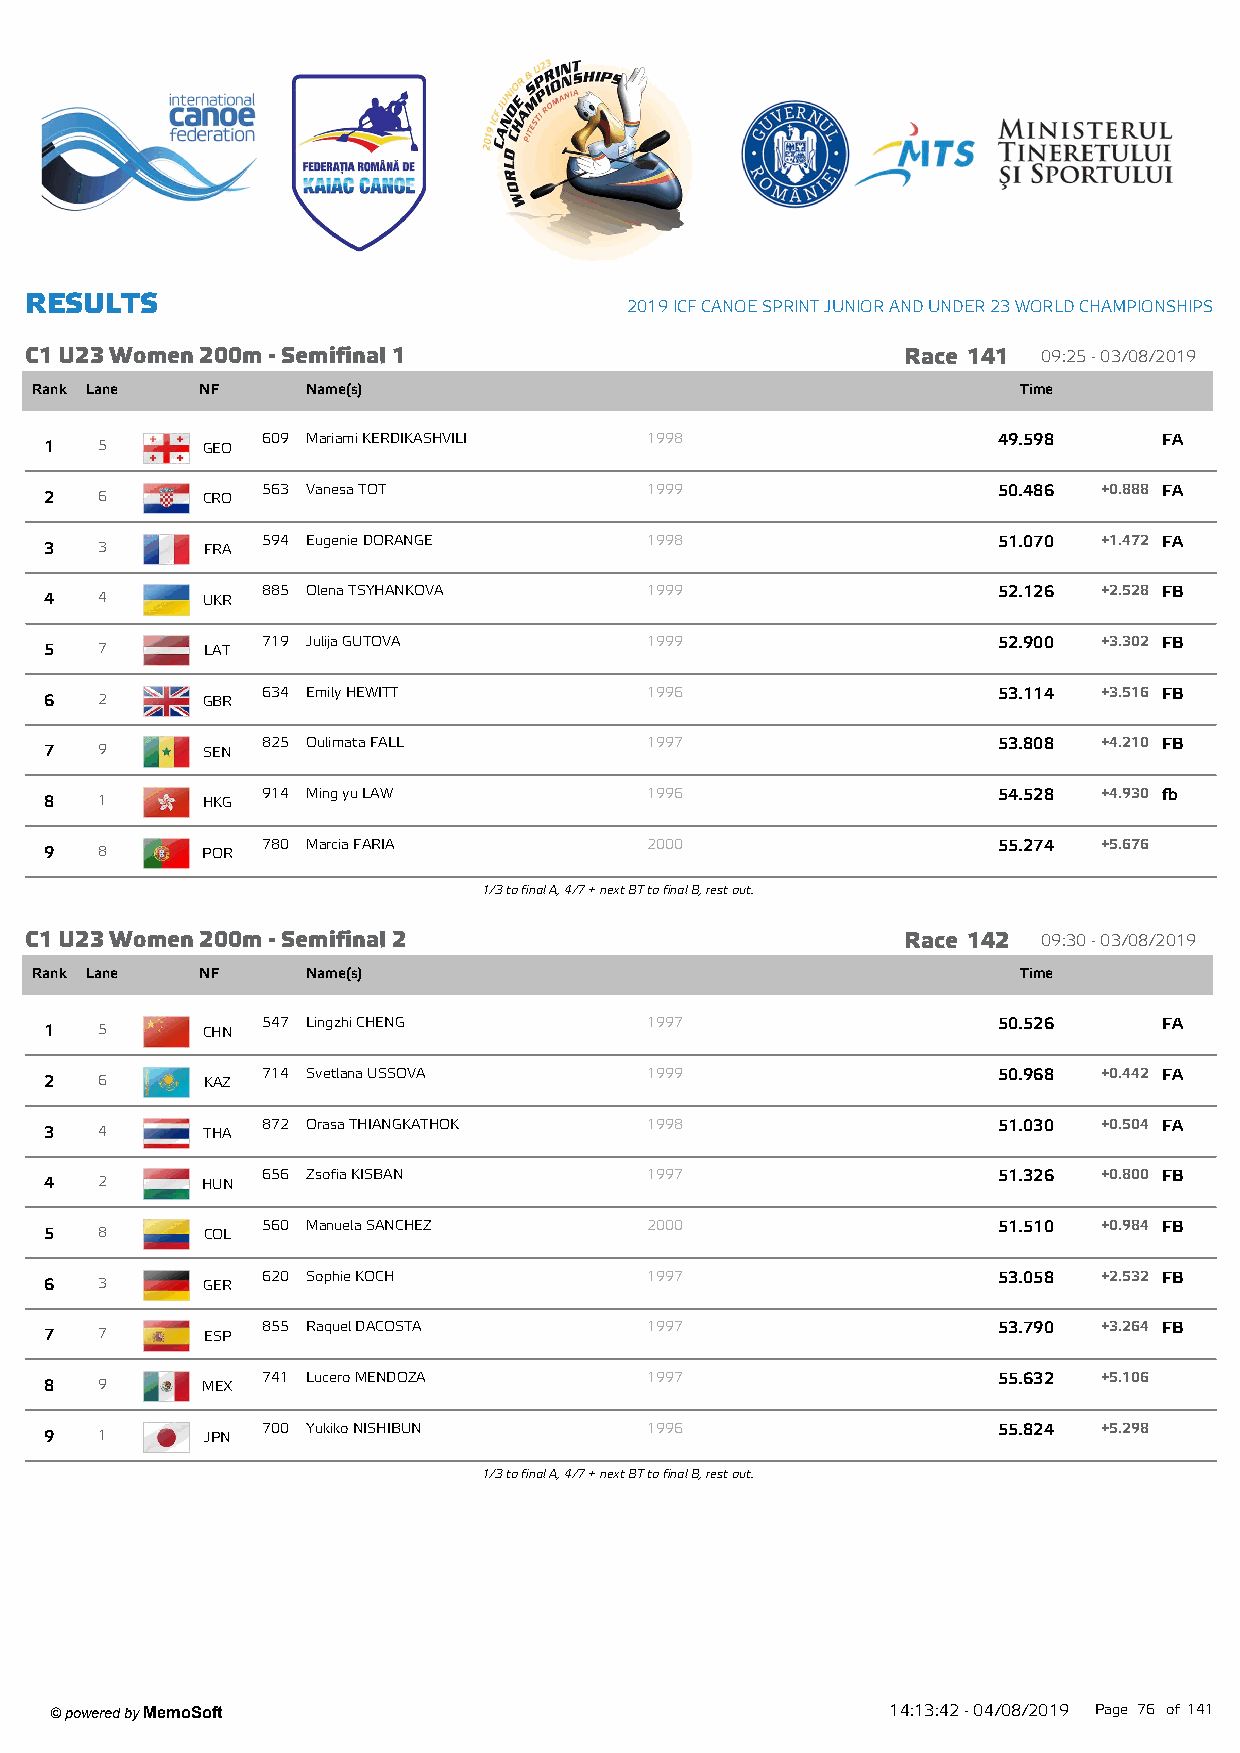
R ESU LTS
 2019 ICF CANOE SPRINT JUNIOR AND UNDER 23 W ORLD CHAMPIONSHIPS
 C1 U23 W om en 200m - Sem ifinal 1                        Race 141 09:25 - 03/08/2019
 Rank Lane  NF     Name(s)                                         Time
 609 Mariami KERDIKASHVILI 1998                   49.598     FA
 1  5      GEO
 563 Vanesa TOT            1999                   50.486 +0.888 FA
 2  6      CRO
 594 Eugenie DORANGE       1998                   51.070 +1.472 FA
 3  3      FRA
 885 Olena TSYHANKOVA      1999                   52.126 +2.528 FB
 4  4      UKR
 719 Julija GUTOVA         1999                   52.900 +3.302 FB
 5  7       LAT
 634 Emily HEWITT          1996                   53.114 +3.516 FB
 6  2      GBR
 825 Oulimata FALL         1997                   53.808 +4.210 FB
 7  9      SEN
 914 Ming yu LAW           1996                   54.528 +4.930 fb
 8  1      HKG
 780 Marcia FARIA          2000                   55.274 +5.676
 9  8      POR
 1/3 to final A, 4/7 + next BT to final B, rest out.
 C1 U23 W om en 200m - Sem ifinal 2                        Race 142 09:30 - 03/08/2019
 Rank Lane  NF     Name(s)                                         Time
 547 Lingzhi CHENG         1997                   50.526     FA
 1  5      CHN
 714 Svetlana USSOVA       1999                   50.968 +0.442 FA
 2  6      KAZ
 872 Orasa THIANGKATHOK    1998                   51.030 +0.504 FA
 3  4      THA
 656 Zsofia KISBAN         1997                   51.326 +0.800 FB
 4  2      HUN
 560 Manuela SANCHEZ       2000                   51.510 +0.984 FB
 5  8      COL
 620 Sophie KOCH           1997                   53.058 +2.532 FB
 6  3      GER
 855 Raquel DACOSTA        1997                   53.790 +3.264 FB
 7  7      ESP
 741 Lucero MENDOZA        1997                   55.632 +5.106
 8  9      MEX
 700 Yukiko NISHIBUN       1996                   55.824 +5.298
 9  1       JPN
 1/3 to final A, 4/7 + next BT to final B, rest out.
 ' powered by MemoSoft                                   14:13:42 - 04/08/2019 Page 76 of141